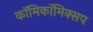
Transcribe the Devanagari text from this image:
काॅमिकॉमिक्सप